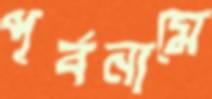
পূর্বনামে